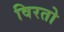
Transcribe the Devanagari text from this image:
विरतो